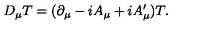
D _ { \mu } T = ( \partial _ { \mu } - i A _ { \mu } + i A _ { \mu } ^ { \prime } ) T .